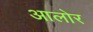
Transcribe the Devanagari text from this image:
आलोर